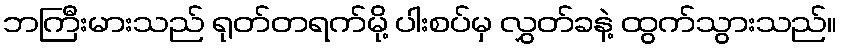
ဘကြီးမားသည် ရုတ်တရက်မို့ ပါးစပ်မှ လွှတ်ခနဲ့ ထွက်သွားသည်။